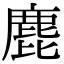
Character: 𪊕